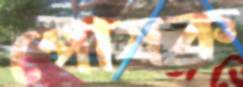
পোষক